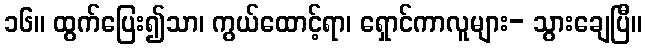
၁၆။ ထွက်ပြေး၍သာ၊ ကွယ်ထောင့်ရာ၊ ရှောင်ကာလူများ- သွားချေပြီ။